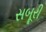
સબૂરી